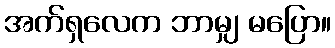
အက်ရှလေက ဘာမျှ မပြော။